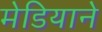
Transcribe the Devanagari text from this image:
मेडियाने